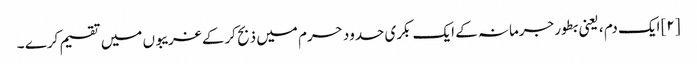
[۲] ایک دم ، یعنی بطور جرمانہ کے ایک بکری حدود حرم میں ذبح کرکے غریبوں میں تقسیم کرے ۔